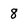
Character: 8